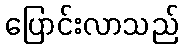
ပြောင်းလာသည်